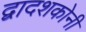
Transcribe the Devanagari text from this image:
द्वादशकोनी